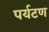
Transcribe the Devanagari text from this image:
पर्यटण